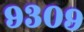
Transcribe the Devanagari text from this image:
९३०९